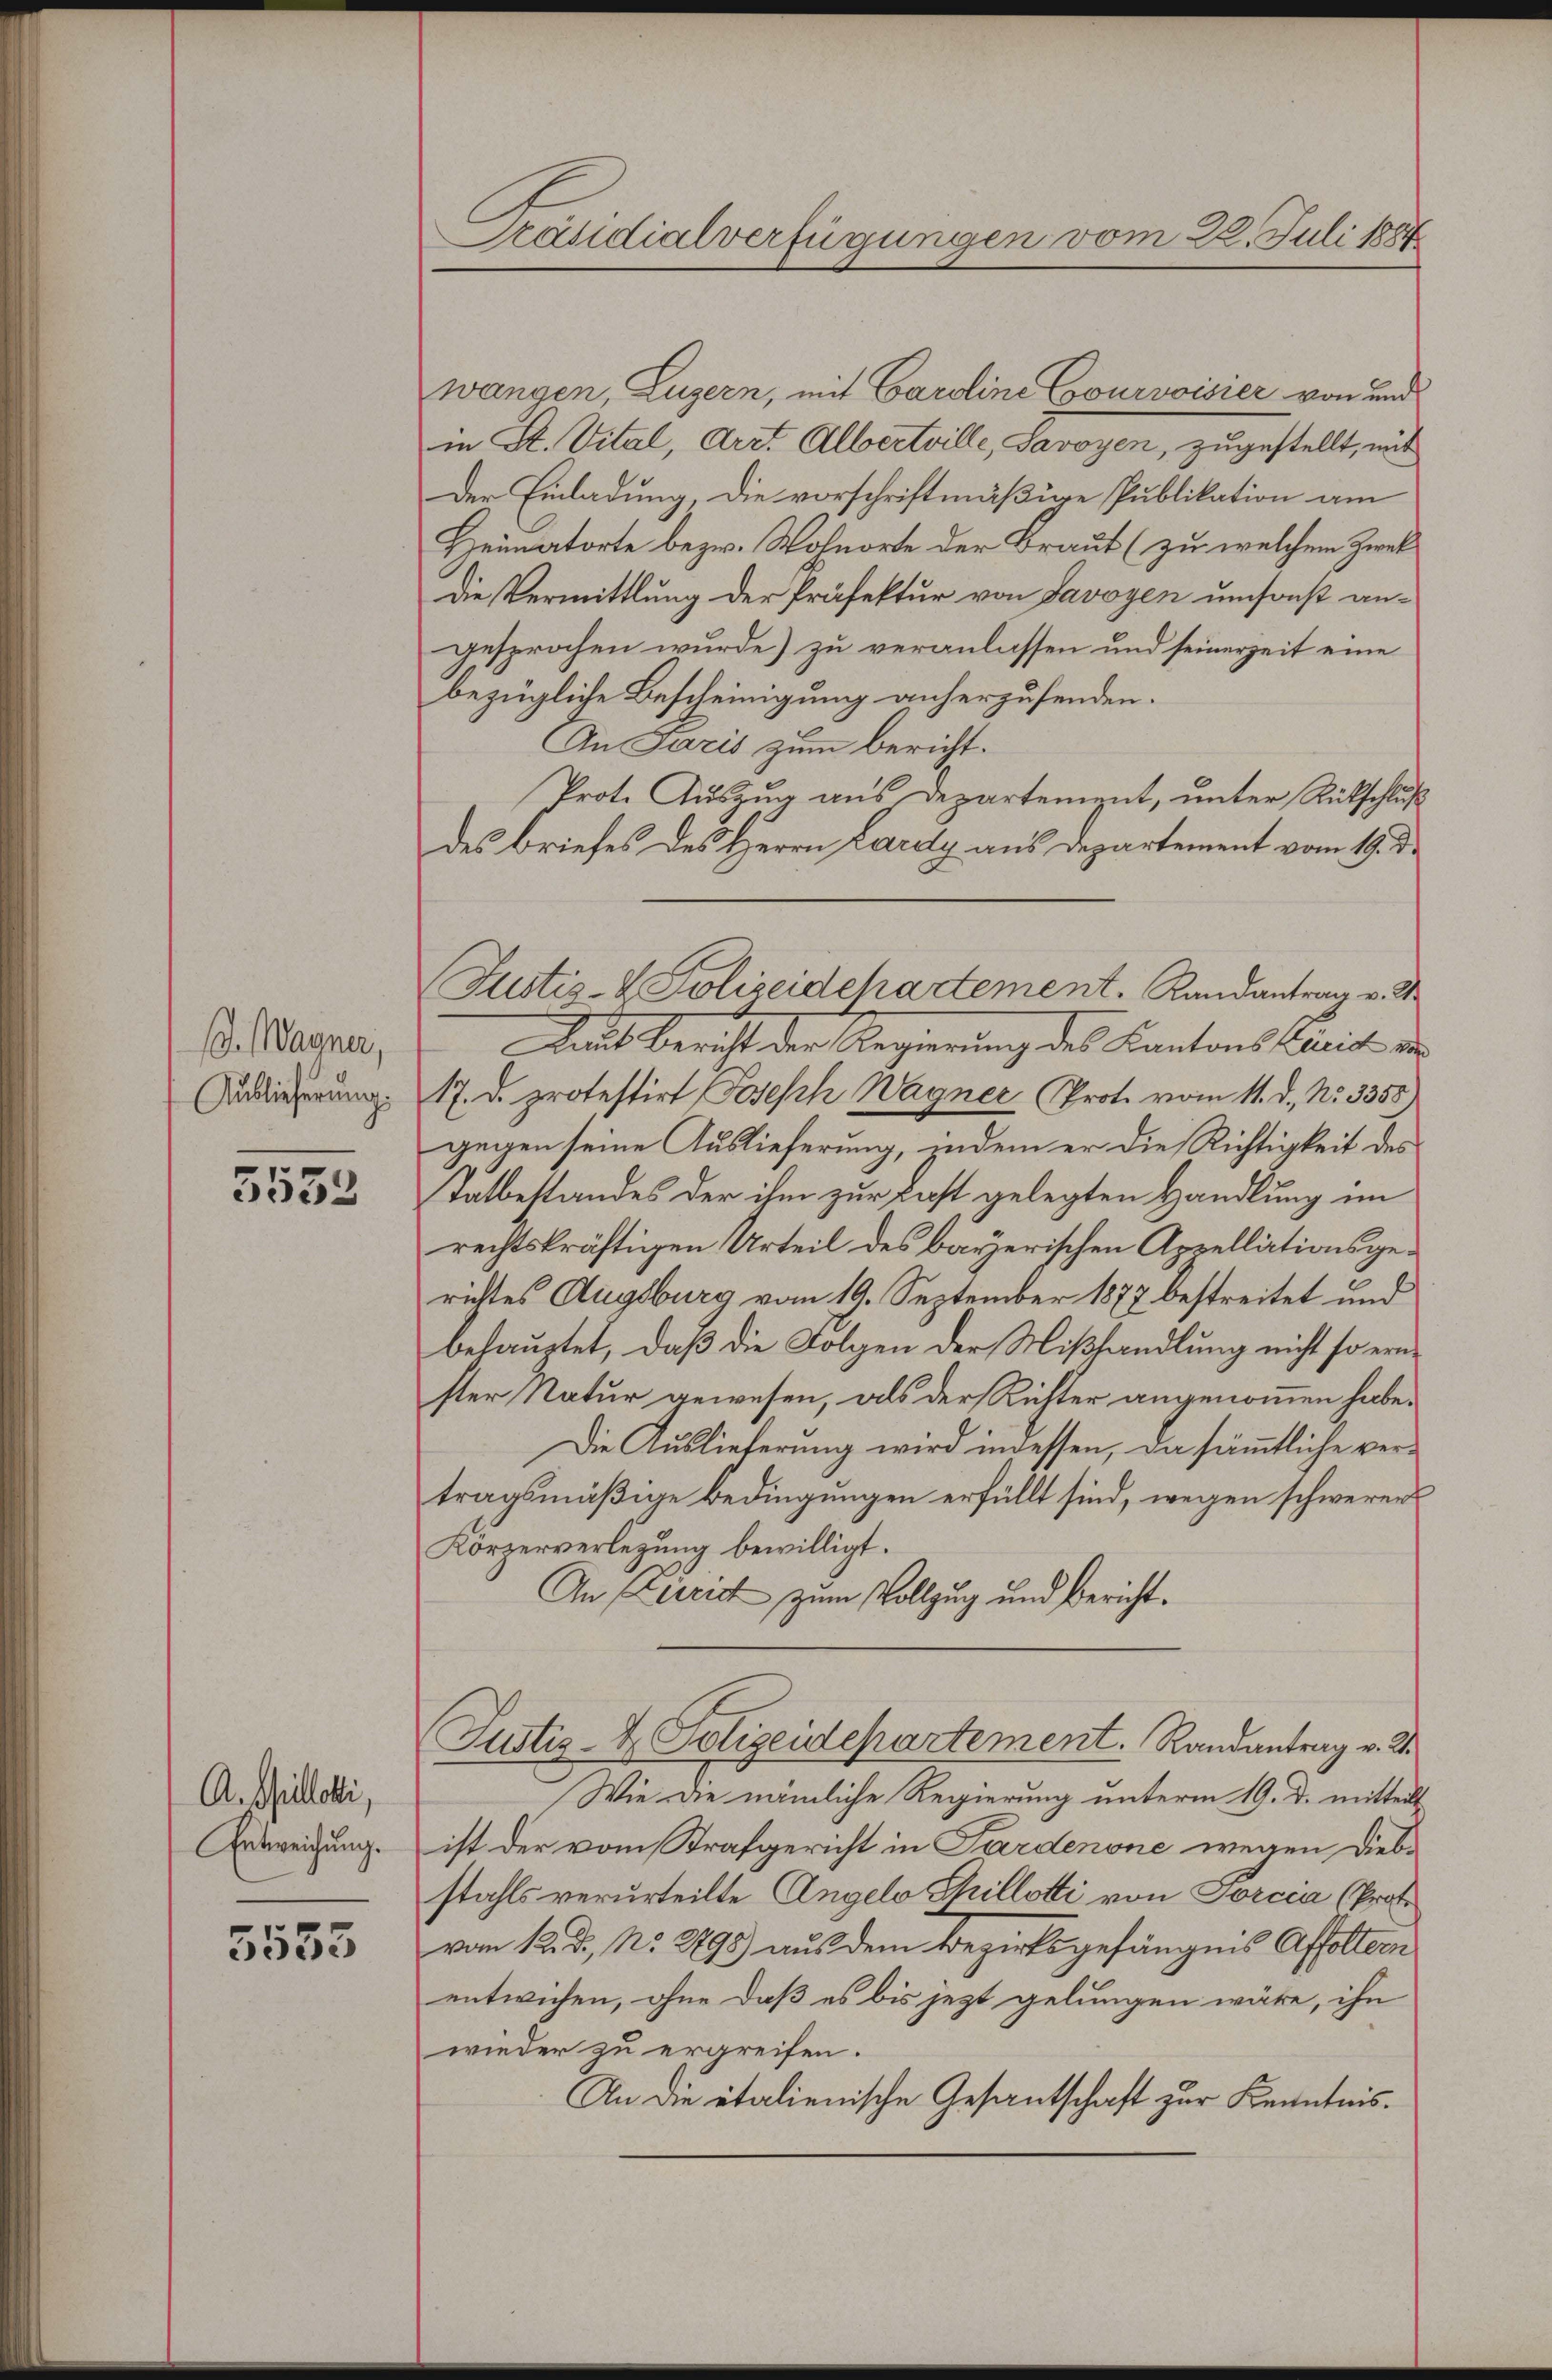
. Wagner,
Auslieferung.

3532

A. Gilletti,
Entweichung.

5553

Präsidialverfügungen vom 22. Juli 1884

wangen, Luzern, mit Caroline Courvoisier von und
in St. Vital, Arzt Albertrille, Savoyen, zugestellt, mit
Der Einladung, die vorschriftmäßige Publikation am
Heimatorte bezw. Wohnorte der Braut (zu welchem Zwek
Die Vermittlung der Präfektur von Javoyen umsonst an-
gesprochen wurde) zu veranlassen und seinerzeit eine
bezügliche Bescheinigung anherzusenden.
An Paris zum Bericht.
Prote Auszug aus Departement, unter Rückschluß
des Briefes des Herrn Lardy aus Departement vom 19. d.
Reits bericht der Regierung des Kantons Kreis von
17. d. protestirt Joseph Wagner Prot. vom 11. d. No. 3358)
gegen seine Auslieferung, indem er die Richtigkeit des
Tatbestandes der ihm zur Last gelegten Handlung im
rechtskräftigen Urteil des bayerischen Appellationsgerichtes Augsburg vom 19. September 1877 bestreitet und
behauptet, daß die Folgen der Mißhandlung nicht so ernster Natur gewesen, als der Richter angenommen habe.
Die Auslieferung wird indessen, da sämmtliche vertragsmäßige Bedingungen erfüllt sind, wegen schwerer
Körperverlegung bewilligt.
An Verrich zum Vollzug und Bericht¬
Justiz- & Polizeidepartement. Randantrag v. 2.
Wie die nämliche Regierung unterm 19. D. mitteil
ist der vom Strafgericht in Pardenone wegen Diebstahls verurteilte Angelo Spilletti von Porcia (Prof.
vom 12. d. No. 2798) aus dem Bezirksgefängnis Affoltern
entwichen, ohne daß es bis jezt gelungen wäre, ihn
wieder zu ergreifen.
An die italienische Gesantschaft zur Kenntnis.

Justiz- & Polizeidchartement. Randantrag v. 2